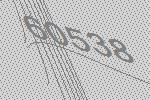
60538